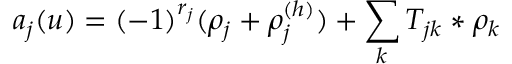
a _ { j } ( u ) = ( - 1 ) ^ { r _ { j } } ( \rho _ { j } + \rho _ { j } ^ { ( h ) } ) + \sum _ { k } T _ { j k } \ast \rho _ { k }